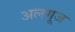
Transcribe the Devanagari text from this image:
अलगूज